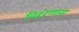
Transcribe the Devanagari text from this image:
विहरणारा